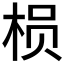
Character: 𱣞